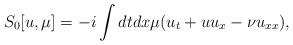
LaTeX: \begin{align*}S_0[u,\mu] = -i\int dtdx\mu(u_t+uu_x-\nu u_{xx}),\end{align*}